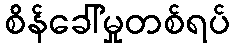
စိန်ခေါ်မှုတစ်ရပ်